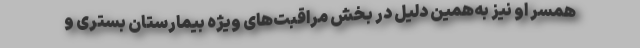
همسر او نیز به‌همین دلیل در بخش مراقبت‌های ویژه بیمارستان بستری و